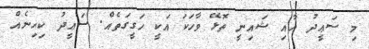
މި ސަޢީދު އާއި ޝައިނީ ތޮޅޭ ވާހަކަ އަކީ ހަގީގަތެއް. ސަޢީދު ކިހިނެއް